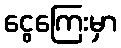
ငွေကြေးမှာ